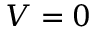
V = 0